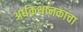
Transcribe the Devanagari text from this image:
अर्धकथानकाचा